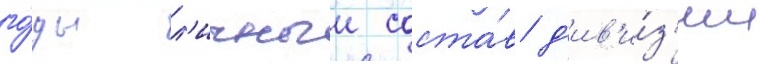
го́ды л'ичныи соста́в д'ив'и́з'ии